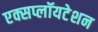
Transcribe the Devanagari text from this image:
एक्सप्लॉयटेशन